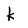
Character: K